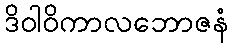
ဒိဝါဝိကာလဘောဇနံ